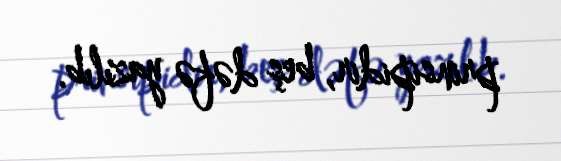
prinsipidir, beş dəfə yazılıb.